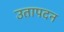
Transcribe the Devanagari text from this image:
उतापदन